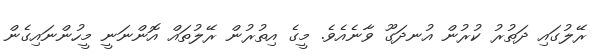
ރޭލުގައި ދަތުރު ކުރުން އުނދަގޫ ވާނެއެވެ. މީގެ އިތުރުން ރޭލުތައް އޮންނަނީ މީހުންނައިގެން